Vital statistics of India. Vol. VI, European troops 1870-79
Year: 1870
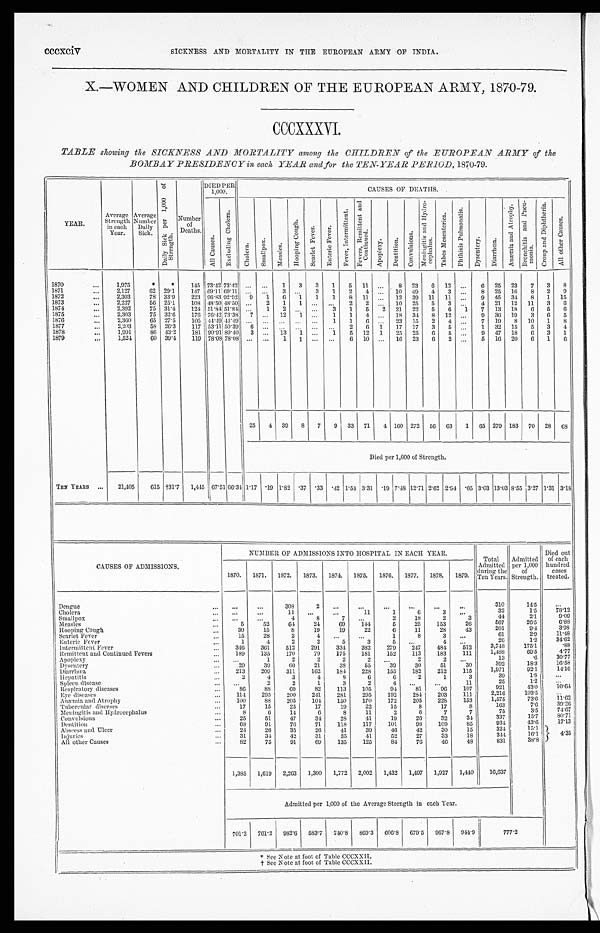
cccxciv
SICKNESS AND MORTALITY IN THE EUROPEAN ARMY OF INDIA.
X.—WOMEN AND CHILDREN OF THE EUROPEAN ARMY, 1870-79.
CCCXXXVI.
TABLE showing the SICKNESS AND MORTALITY among the CHILDREN of the EUROPEAN ARMY of the
BOMBAY PRESIDENCY in each YEAR and for the TEN-YEAR PERIOD, 1870-79.
YEAR.
Average
Strength
in each
Year.
Average
Number
Daily Sick.
D a i l y S i c k p e r 1 , 0 0 0 o f
S t r e n g t h .
Number
of
Deaths.
DIED PER
1,000.
CAUSES OF DEATHS.
A l l C a u s e s .
E x c l u d i n g C h o l e r a .
Ch o l e r a .
S ma l l p o x .
M e a s l e s .
H o o p i n g C o u g h .
S c a r l e t F e v e r . E n t e r i c F e v e r .
Fev er , I nt er mi t t ent .
F e v e r s , R e m i t t e n t a n d
C o n t i n u e d .
Ap o p l e x y . D e n t i t i o n .
C o n v u l s i o n s .
M e n i n g i t i s a n d H y d r o -
c e p h a l u s .
Tabes Mesent er i ca. P h t h i s i s P u l m o n a l i s .
D y s e n t e r y .
D i a r r h œ a .
A n æ m i a a n d A t r o p h y .
B r o n c h i t i s a n d P n e u -
m o n i a .
C r o u p a n d D i p h t h e r i a .
A l l o t h e r C a u s e s .
1 8 7 0
...
1,975
*
*
145 73.42 73.42 ... ...
1 3 3 1 5 11
...
8 23 6 12
...
6 25 23 7 3 8
1 8 7 1
...
2,127
62 29.1
147 69.11 69.11 ... ...
3 ...
3 1 2 4
... 10 49 4 3
...
8 25 16 8 2 9
1 8 7 2
...
2,303
78 33.9 223 96.83 92.92 9 1 6 1 1 1 8 11 ... 12 39 11 11 ...
9 45 34 8 1 15
1873
...
2,227
56 25.1
108 48.50 48.50 ...
2 1 1
... ... 2 2 ... 10 25 5 3 ...
4 21 12 11 3 6
1874
...
2,392
75 31.4 124 51.84 51.84 ...
1 2 ... ...
3 1 5 2 21 22 5 6 1 7 13 18 6 5 6
1875
...
2,303
75 32.6 176 76.42 73.38 7 ... 12 1 ...
1 1 4 ... 18 34 8 12 ...
9 36 19 3 6 5
1 8 7 6
...
2,360
65 27.5
105 44.4944.49 ... ... ... ... ...
1 1 6 ... 23 15 2 4 ... 7 19 8 10 1 8
1877
...
2,203
58 26.3 117 53.11 50.39 6 ... . . . ... ... ...
2 6 1 17 17 3 5 ...
1 32 15 5 3 4
1 8 7 8
...
1,991
86 43.2
181 90.91 89.40 3 ... 13 1 ...
1 5 12 1 25 25 6 5 ...
9 47 18 6 3 1
1 8 7 9
...
1,524
60 39.4 119 78.08 78.08 ... ... 1 1 ... ... 6 10 ... 16 23 6 2 ...
5 16 20 6 1 6
25 4 39
8 7 9 33 71 4 160 272 56 63 1 65 279 183 70 28 68
Died per 1,000 of Strength.
TEN YEARS ...
21,405
615 †31.7 1,445 67.51 66.34 1.17 .19 1.82 .37 . 33 .42 1.54 3.31 .19 7.48 12.71 2.62 2.94 . 05 3.03 13.03 8.55 3.27 1.31 3.18
CAUSES OF ADMISSIONS.
NUMBER OF ADMISSIONS INTO HOSPITAL IN EACH YEAR.
Total
Admitted
during the
Ten Years.
Admitted
per 1,000
of
Strength.
Died out
of each
hundred
cases
treated.
1870. 1871. 1872. 1873. 1874. 1875. 1876. 1877. 1878. 1879.
Dengue
...
. . .
. . .
308
2
. . .
. . .
. . .
. . .
. . . . . .
310
14.5
...
Cholera
...
. . .
...
11 ...
...
11
1
6
3
. . .
32
1.5
78.12
Smallpox
... ...
...
4
8
7 . . .
2
18
2
3
44
2.1
9.09
Measles
...
5
52
64
24
69
144
5
25
153
26
567
26.5
6.88
Hooping Cough
...
30
15
8
19
19
22
6
11
28
43
201
9.4
3.98
Scarlet Fever
...
15
28
2
4
. . . ...
1
8
3
. . .
61
2.9
11.48
Enteric Fever
...
1
4
2
2
5
3
5 ...
4 ...
26
1.2
34.62
Intermittent Fever
... 346
361
512
291
334
382
279
247
484
512
3,748
175.1
.88
Remittent and Continued Fevers
. . . 189
135
170
79
175
181
152
113
183
111
1,488
69.5
4.77
Apoplexy
. . .
. . .
1
2
2
2
2
. . .
2
2
. . .
13
.6
30.77
Dysentery
...
29
39
60
21
38
55
39
30
51
30
392
18.3
16.58
Diarrhœa
...
213
209
311
162
184
228
155
182
212
115
1,971
92.1
14.16
Hepatitis
...
2
4
3
4
8
6
6
2
1
3
39
1.8
...
Spleen diseases
... ...
2
2
1
3
2
4
. . . ...
11
25
1.2
. . .
Respiratory diseases
...
8 6
88
69
82
113
105
94
81
9 6 107
921
43.0
10.64
Eye diseases
...
114
295
200
241
281
295
192
284 203
111
2,216
103.5
. . .
Anæmia and Atrophy
...
100
88
205
104 150
170
172
205
228
153
1,575
73.6
11.62
Tubercular diseases
...
17
15
25
17
19
22
15
8
17
8
163
7.6
39.26
Meningitis and Hydrocephalus
...
8
6
14
6
8
11
2
6
7
7
75
3.5
74.67
Convulsions
...
25
51
47
34
28
41
19
26
32
34
337
15.7
80.71
Dentition
...
68
91
76
71
118
117
101
98 109
85
934
43.6
17.13
Abscess and Ulcer
...
24
26
35
26
41
39
46
42
30
15
324
15.1
4.35
Injuries
...
31
34
42
31
35
41
52
27
33
18
344
16.1
All other Causes
...
82
75
91
69
135
125
84
76
46
48
831
38.8
1,385 1,619 2,263 1,300 1,772 2,002 1,432 1,497 1,927 1,440
16,637
Admitted per 1,000 of the Average Strength in each Year.
701.3 761.2 982.6 583.7 740.8 869.3 606.8 679.5 967.8 944.9
777.2
* See Note at foot of Table CCCXXII.
† See Note at foot of Table CCCXXII.